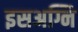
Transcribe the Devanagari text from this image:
इसअग्नि